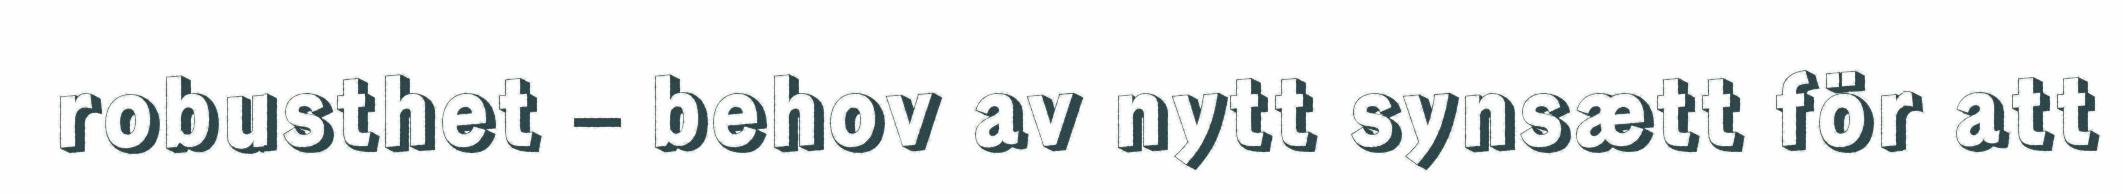
robusthet – behov av nytt synsætt för att